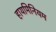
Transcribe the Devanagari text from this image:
हायमिनियम